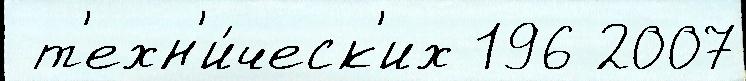
 т'ехн'и́ческ'их 196 2007